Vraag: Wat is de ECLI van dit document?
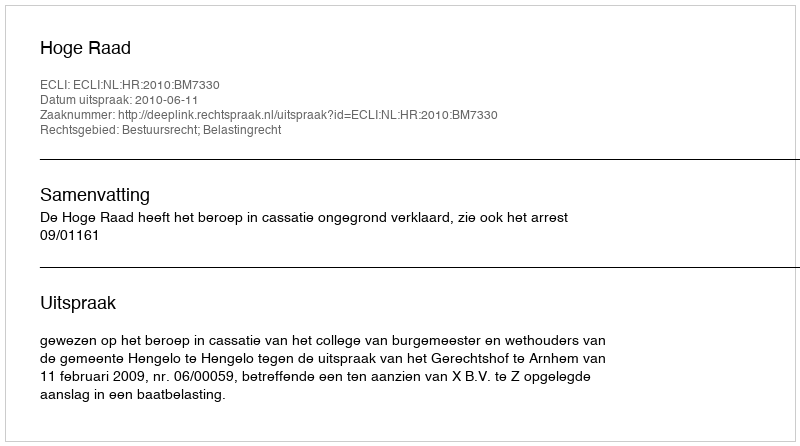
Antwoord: ECLI:NL:HR:2010:BM7330